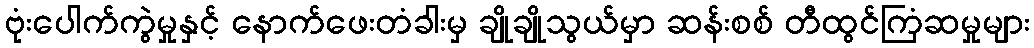
ဗုံးပေါက်ကွဲမှုနှင့် နောက်ဖေးတံခါးမှ ချိုချိုသွယ်မှာ ဆန်းစစ် တီထွင်ကြံဆမှုများ